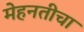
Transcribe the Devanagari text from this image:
मेहनतीचा